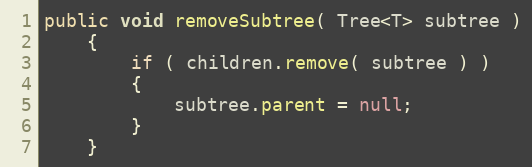
Language: Java
public void removeSubtree( Tree<T> subtree )
    {
        if ( children.remove( subtree ) )
        {
            subtree.parent = null;
        }
    }